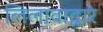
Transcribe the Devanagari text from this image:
लिलावाद्वारे